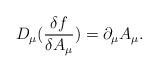
\begin{align*}D_{\mu}(\frac{\delta f}{\delta A_{\mu}})=\partial_{\mu}A_{\mu}.\end{align*}